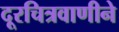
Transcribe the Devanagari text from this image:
दूरचित्रवाणीने